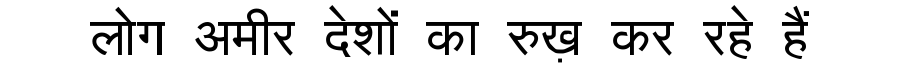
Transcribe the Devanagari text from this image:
लोग अमीर देशों का रुख़ कर रहे हैं